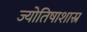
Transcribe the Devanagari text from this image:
ज्योतिषाशास्र